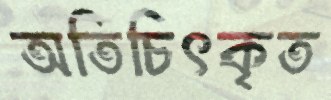
অতিচিৎকৃত